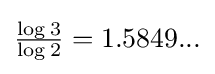
\textstyle {{\frac {\log {3}}{\log {2}}}=1.5849...}